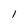
Character: 1